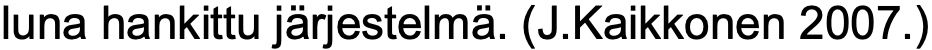
luna hankittu järjestelmä. (J.Kaikkonen 2007.)